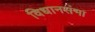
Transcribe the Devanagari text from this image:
विधानसंभा